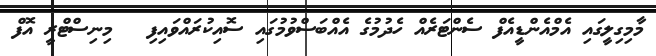
މާމިގިލީގައި އެމްއެންޑީއެފް ސެންޓަރެއް ހެދުމުގެ އެއްބަސްވުމުގައި ސޮއިކުރައްވައިފި   މިނިސްޓްރީ އޮފް